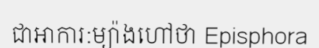
ជាអាការ:ម្យ៉ាងហៅថា Episphora